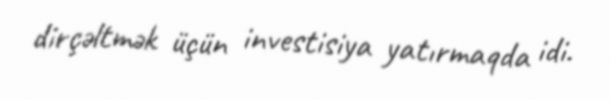
dirçəltmək üçün investisiya yatırmaqda idi.